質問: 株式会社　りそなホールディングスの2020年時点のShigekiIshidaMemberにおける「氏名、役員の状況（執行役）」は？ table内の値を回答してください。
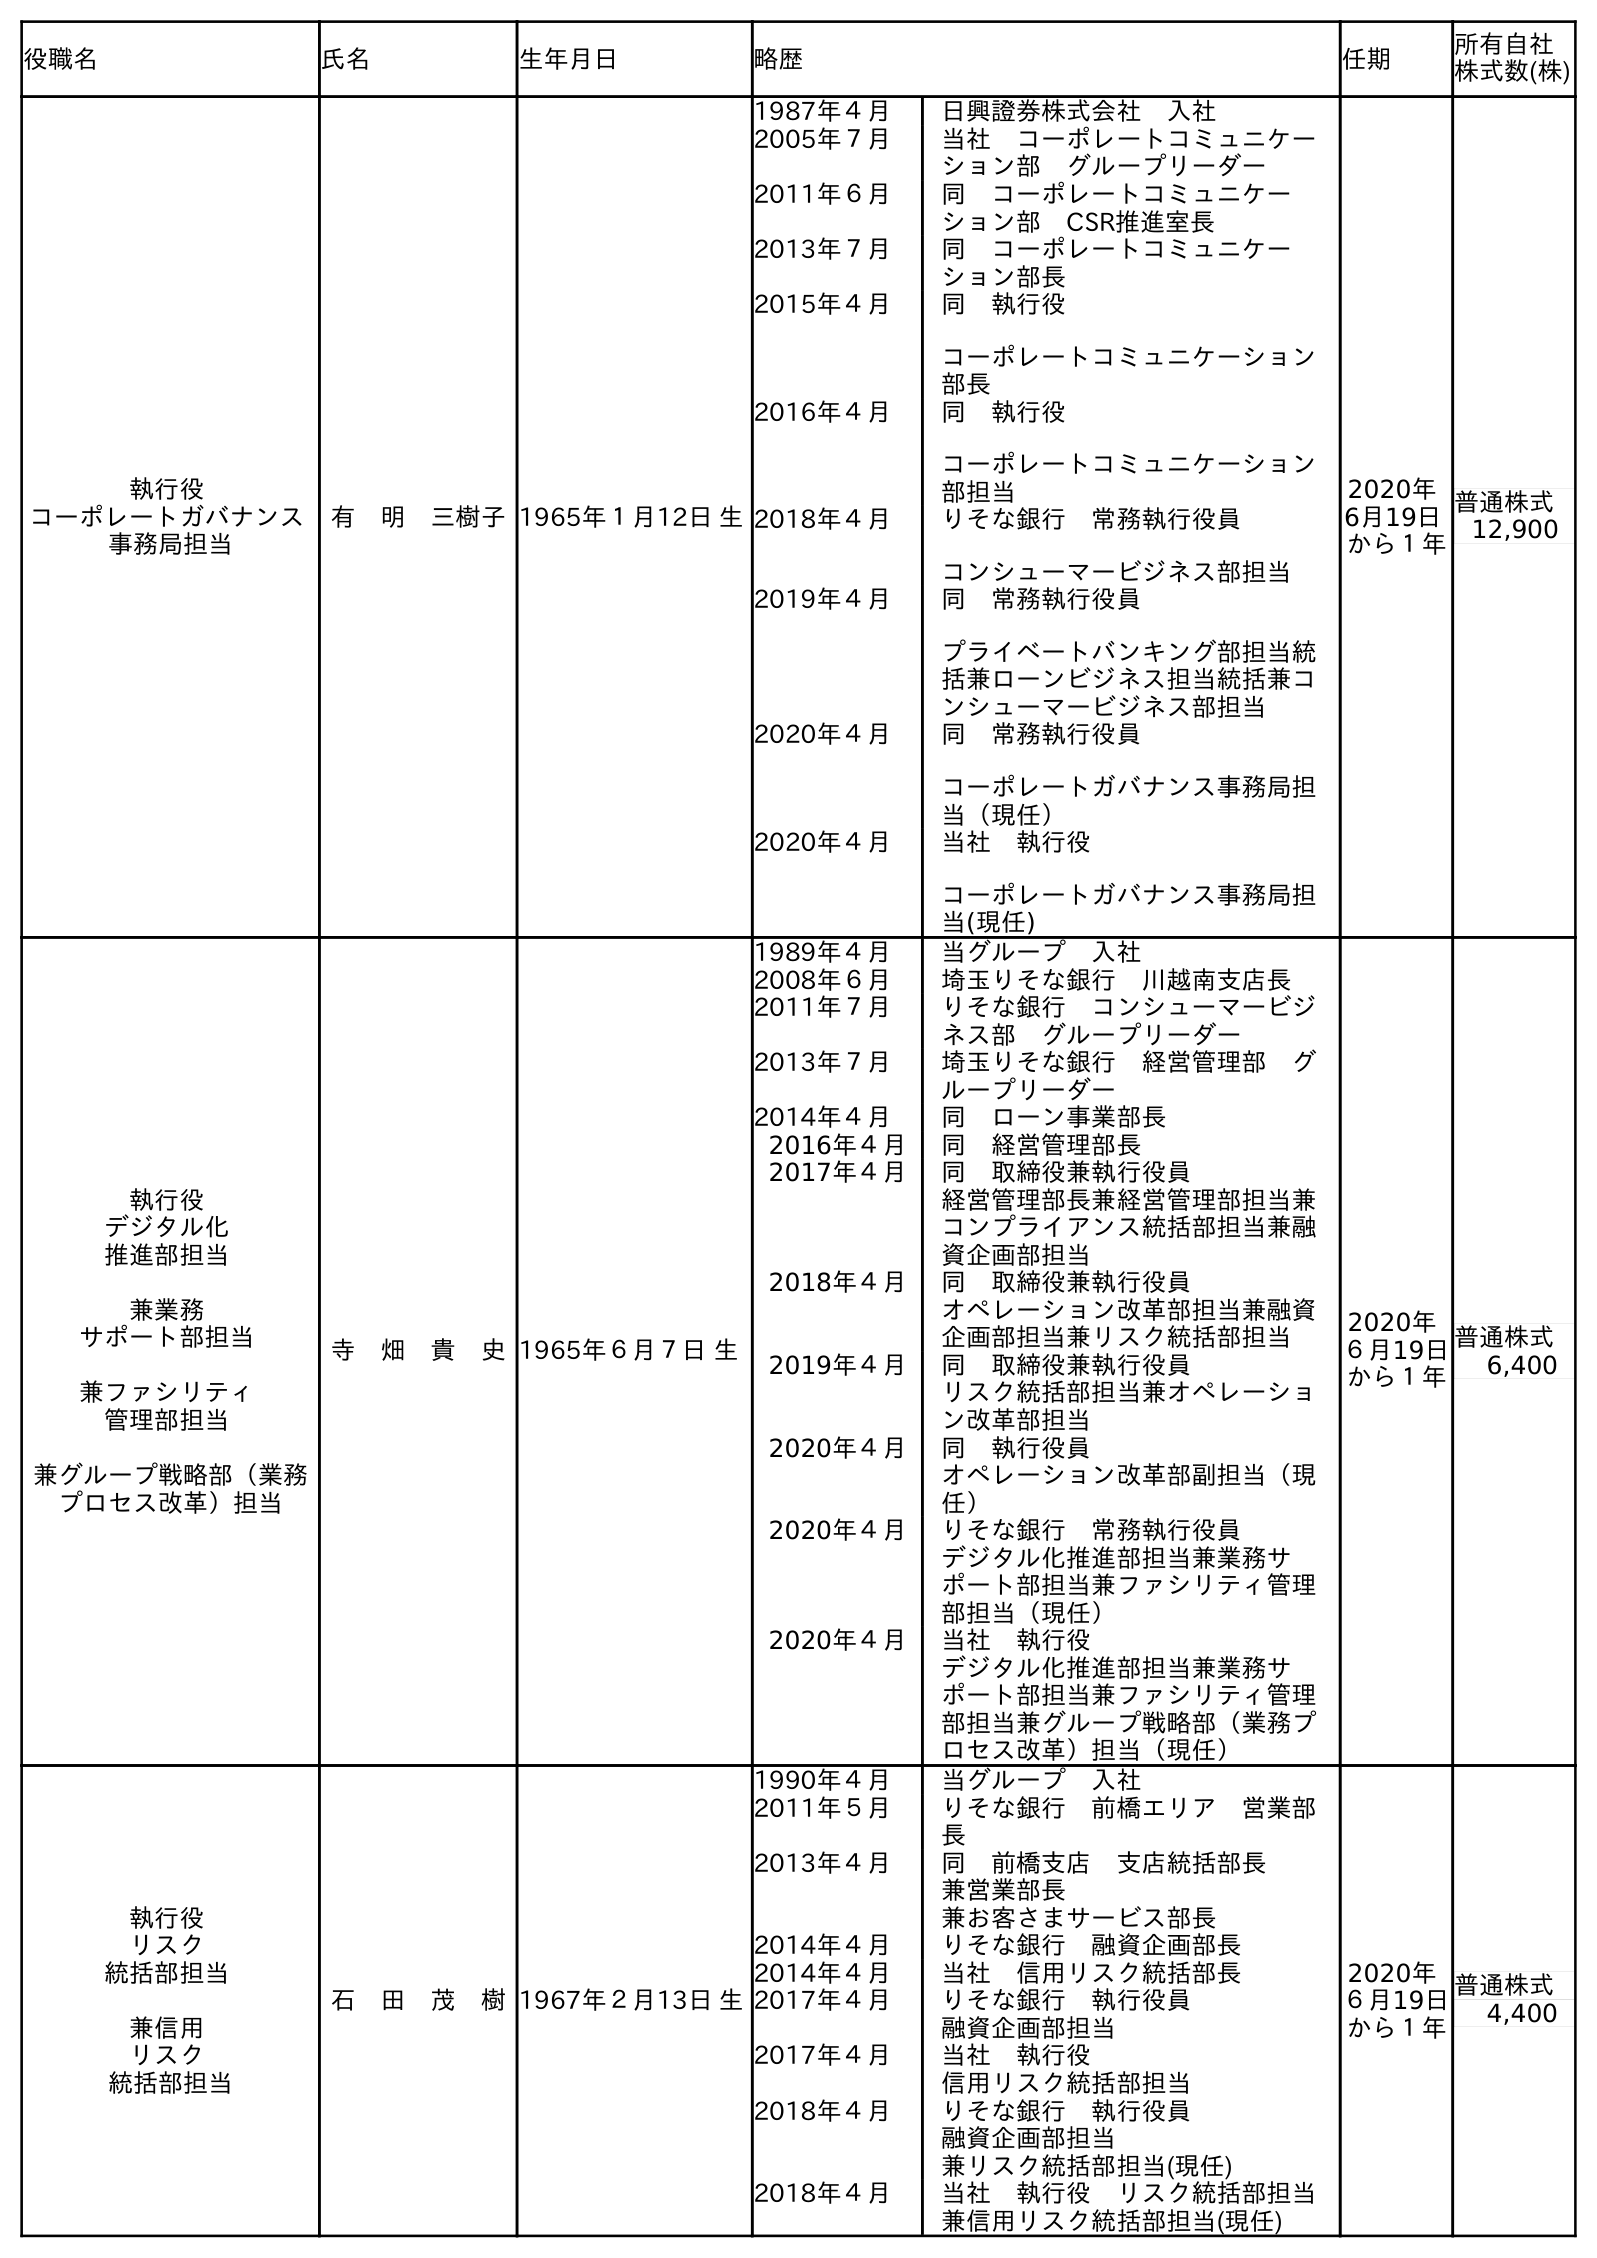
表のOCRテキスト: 役職名 氏名 生年月日 略歴 任期 所有自社 株式数(株) 執行役 コーポレートガバナンス 事務局担当 有 明 三樹子1965年１月12日 生 1987年４月 日興證券株式会社 入社 2005年７月 当社 コーポレートコミュニケー ション部 グループリーダー 2011年６月 同 コーポレートコミュニケー ション部 CSR推進室長 2013年７月 同 コーポレートコミュニケー ション部長 2015年４月 同 執行役 コーポレートコミュニケーション 部長 2016年４月 同 執行役 コーポレートコミュニケーション 部担当 2018年４月 りそな銀行 常務執行役員 コンシューマービジネス部担当 2019年４月 同 常務執行役員 プライベートバンキング部担当統 括兼ローンビジネス担当統括兼コ ンシューマービジネス部担当 2020年４月 同 常務執行役員 コーポレートガバナンス事務局担 当（現任） 2020年４月 当社 執行役 コーポレートガバナンス事務局担 当(現任) 2020年 6月19日 から１年 普通株式 12,900 執行役 デジタル化 推進部担当 兼業務 サポート部担当 兼ファシリティ 管理部担当 兼グループ戦略部（業務 プロセス改革）担当 寺 畑 貴 史1965年６月７日 生 1989年４月 当グループ 入社 2008年６月 埼玉りそな銀行 川越南支店長 2011年７月 りそな銀行 コンシューマービジ ネス部 グループリーダー 2013年７月 埼玉りそな銀行 経営管理部 グ ループリーダー 2014年４月 同 ローン事業部長 2016年４月 同 経営管理部長 2017年４月 同 取締役兼執行役員 経営管理部長兼経営管理部担当兼 コンプライアンス統括部担当兼融 資企画部担当 2018年４月 同 取締役兼執行役員 オペレーション改革部担当兼融資 企画部担当兼リスク統括部担当 2019年４月 同 取締役兼執行役員 リスク統括部担当兼オペレーショ ン改革部担当 2020年４月 同 執行役員 オペレーション改革部副担当（現 任） 2020年４月 りそな銀行 常務執行役員 デジタル化推進部担当兼業務サ ポート部担当兼ファシリティ管理 部担当（現任） 2020年４月 当社 執行役 デジタル化推進部担当兼業務サ ポート部担当兼ファシリティ管理 部担当兼グループ戦略部（業務プ ロセス改革）担当（現任） 2020年 ６月19日 から１年 普通株式 6,400 執行役 リスク 統括部担当 兼信用 リスク 統括部担当 石 田 茂 樹1967年２月13日 生 1990年４月 当グループ 入社 2011年５月 りそな銀行 前橋エリア 営業部 長 2013年４月 同 前橋支店 支店統括部長 兼営業部長 兼お客さまサービス部長 2014年４月 りそな銀行 融資企画部長 2014年４月 当社 信用リスク統括部長 2017年４月 りそな銀行 執行役員 融資企画部担当 2017年４月 当社 執行役 信用リスク統括部担当 2018年４月 りそな銀行 執行役員 融資企画部担当 兼リスク統括部担当(現任) 2018年４月 当社 執行役 リスク統括部担当 兼信用リスク統括部担当(現任) 2020年 ６月19日 から１年 普通株式 4,400
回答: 石　田　茂　樹